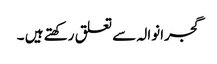
گجرانوالہ سے تعلق رکھتے ہیں ۔